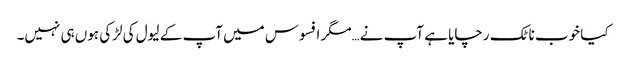
کیا خوب ناٹک رچایا ہے آپ نے…مگر افسوس میں آپ کے لیول کی لڑکی ہوں ہی نہیں۔